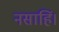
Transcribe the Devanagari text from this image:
नसाहिं।